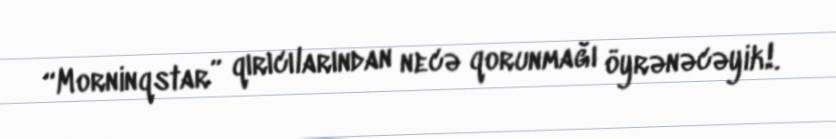
“Morninqstar” qırıcılarından necə qorunmağı öyrənəcəyik!.